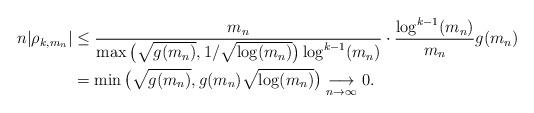
LaTeX: \begin{align*}n |\rho_{k, m_n}| &\leq \frac{m_n}{\max\big( \sqrt{g(m_n)}, 1 / \sqrt{\log (m_n)} \big) \log^{k-1} (m_n) } \cdot \frac{\log^{k-1} (m_n)}{m_n} g(m_n) \\&= \min\big( \sqrt{g(m_n)}, g(m_n) \sqrt{\log (m_n)} \big) \underset{n\to\infty}{\longrightarrow} 0.\end{align*}